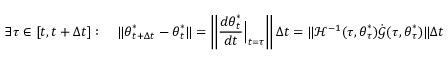
\exists \tau \in [ t , t + \Delta t ] : \quad \lVert { \boldsymbol { \theta } } _ { t + \Delta t } ^ { * } - { \boldsymbol { \theta } } _ { t } ^ { * } \rVert = \left\lVert \frac { d { \boldsymbol { \theta } } _ { t } ^ { * } } { d t } \Big | _ { t = \tau } \right\rVert \Delta t = \lVert \mathcal { H } ^ { - 1 } ( \tau , { \boldsymbol { \theta } } _ { \tau } ^ { * } ) \dot { \boldsymbol { \mathcal { G } } } ( \tau , { \boldsymbol { \theta } } _ { \tau } ^ { * } ) \rVert \Delta t